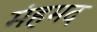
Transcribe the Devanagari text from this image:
मंहमद